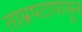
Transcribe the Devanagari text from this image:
ताम्रपटापासून